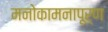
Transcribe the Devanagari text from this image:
मनोकामनापूर्ण